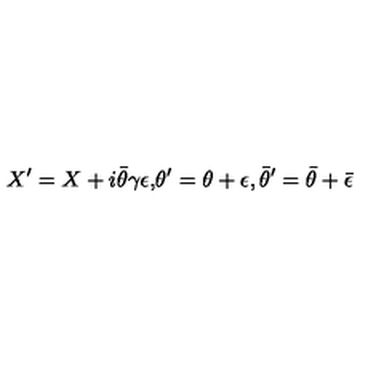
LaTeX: { X ^ { \prime } = X + i \bar { \theta } \gamma \epsilon , } { } { \theta ^ { \prime } = \theta + \epsilon , { \bar { \theta } } ^ { \prime } = \bar { \theta } + \bar { \epsilon } }